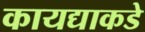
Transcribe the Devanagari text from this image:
कायद्याकडे